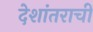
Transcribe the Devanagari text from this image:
देशांतराची